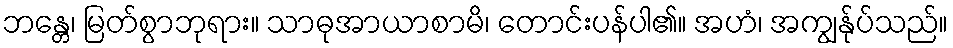
ဘန္တေ၊ မြတ်စွာဘုရား။ သာဓုအာယာစာမိ၊ တောင်းပန်ပါ၏။ အဟံ၊ အကျွန်ုပ်သည်။